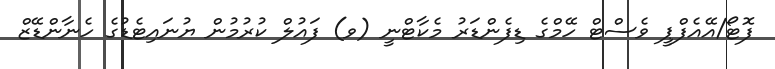
ފޮޓޯ/އޭއެފްޕީ ވެސްޓް ހޭމްގެ ޑިފެންޑަރު މެކާޓްނީ (ވ) ފައުލް ކުރުމުން ޔުނައިޓެޑުގެ ހެނާންޑޭޒް